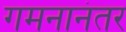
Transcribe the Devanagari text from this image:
गमनानंतर